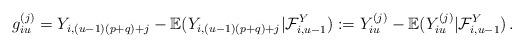
LaTeX: \begin{align*}g_{iu}^{(j)}={Y}_{i,(u-1)(p+q)+j}-{\mathbb{E}}(Y_{i,(u-1)(p+q)+j}|{\mathcal{F}}_{i,u-1}^{Y}):=Y_{iu}^{(j)}-{\mathbb{E}}(Y_{iu}^{(j)}|{\mathcal{F}}_{i,u-1}^{Y})\,. \end{align*}